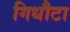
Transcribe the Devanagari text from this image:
गिधौटा